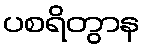
ပစရိတွာန